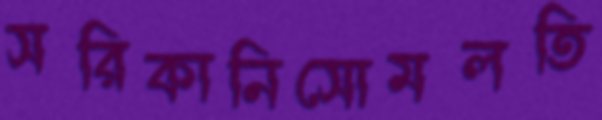
সরিকানিসোমলতি